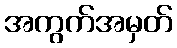
အကွက်အမှတ်